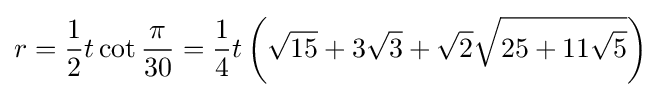
r={\frac {1}{2}}t\cot {\frac {\pi }{30}}={\frac {1}{4}}t\left({\sqrt {15}}+3{\sqrt {3}}+{\sqrt {2}}{\sqrt {25+11{\sqrt {5}}}}\right)